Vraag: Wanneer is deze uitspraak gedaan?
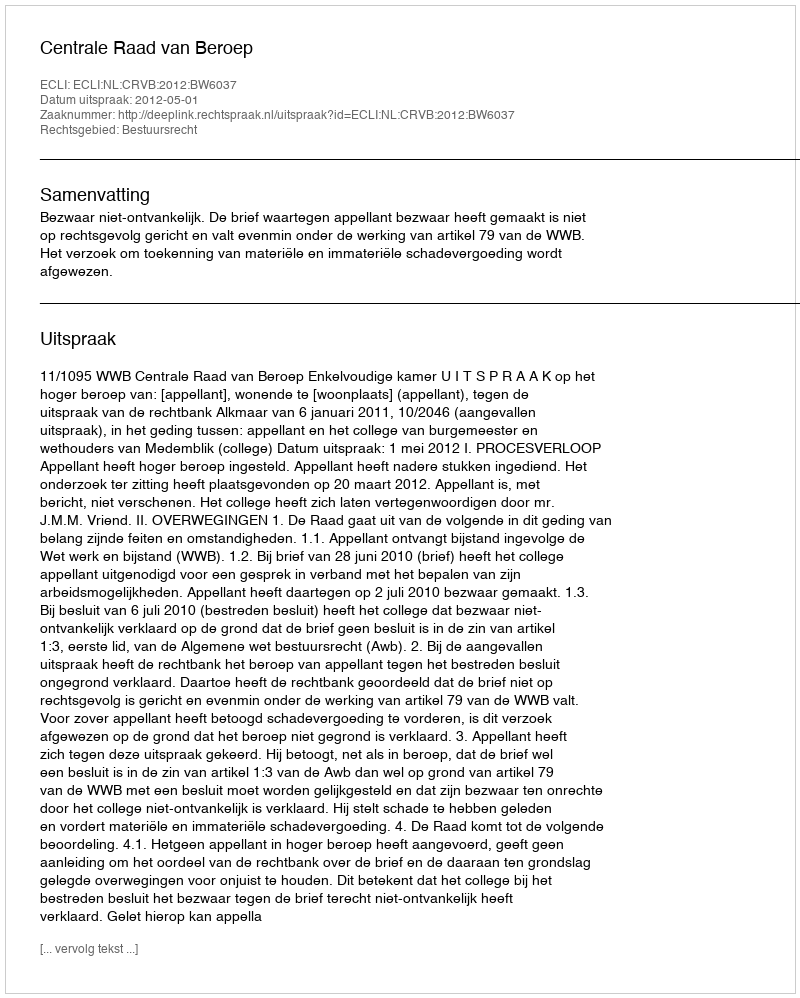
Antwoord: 2012-05-01